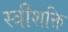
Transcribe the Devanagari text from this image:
स्त्रीशक्ति